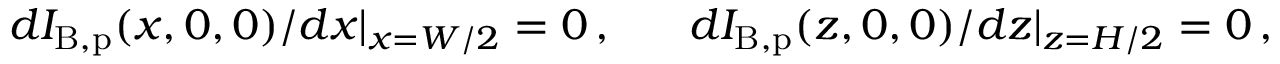
\begin{array} { r } { d I _ { \mathrm { B , p } } ( x , 0 , 0 ) / d x \vert _ { x = W / 2 } = 0 \, , \ \ \ \ \ d I _ { \mathrm { B , p } } ( z , 0 , 0 ) / d z \vert _ { z = H / 2 } = 0 \, , } \end{array}